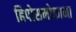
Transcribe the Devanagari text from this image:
हिपोसमोकामा